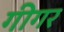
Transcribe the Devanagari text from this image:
गीगर